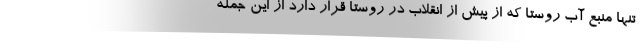
تنها منبع آب روستا که از پیش از انقلاب در روستا قرار دارد از این جمله